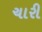
ચારી